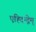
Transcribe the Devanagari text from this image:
एह्दिन्द्नेम्